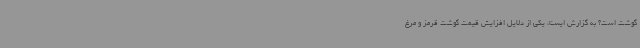
گوشت است؟ به گزارش ایسنا، یکی از دلایل افزایش قیمت گوشت قرمز و مرغ